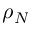
\rho _ { N }